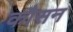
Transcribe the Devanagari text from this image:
कौसन